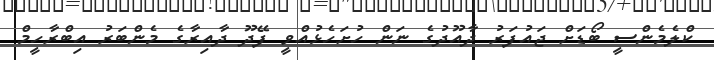
ކްލެމެންސީ ބޯޑަށް ޖައުފަރު ދާއޫދުގެ ނަން ހުށަހެޅުއްވީ ފޭދޫ ދާއިރާގެ މެންބަރު އިބްރާހީމް